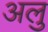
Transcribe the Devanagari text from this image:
अलु